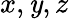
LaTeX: x,\mathit{y},z